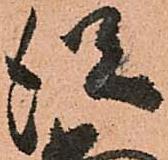
従